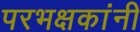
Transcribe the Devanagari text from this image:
परभक्षकांनी